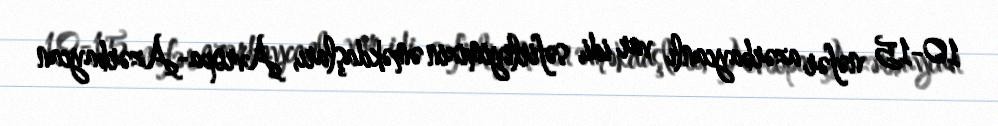
10-15 nəfər azərbaycanlı var idi, səfirliyimizin əməkdaşları, Avropa-Azərbaycan